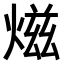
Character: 𤍏